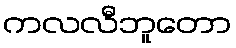
ကလလီဘူတော